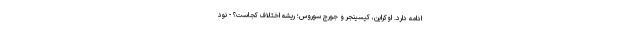
ادامه دارد. اوکراین، کیسینجر و جورج سوروس؛ ریشه اختلاف کجاست؟ - نود